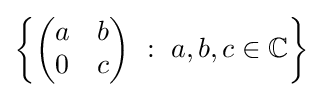
\left\{{\begin{pmatrix}a&b\\0&c\end{pmatrix}}\ :\ a,b,c\in \mathbb {C} \right\}